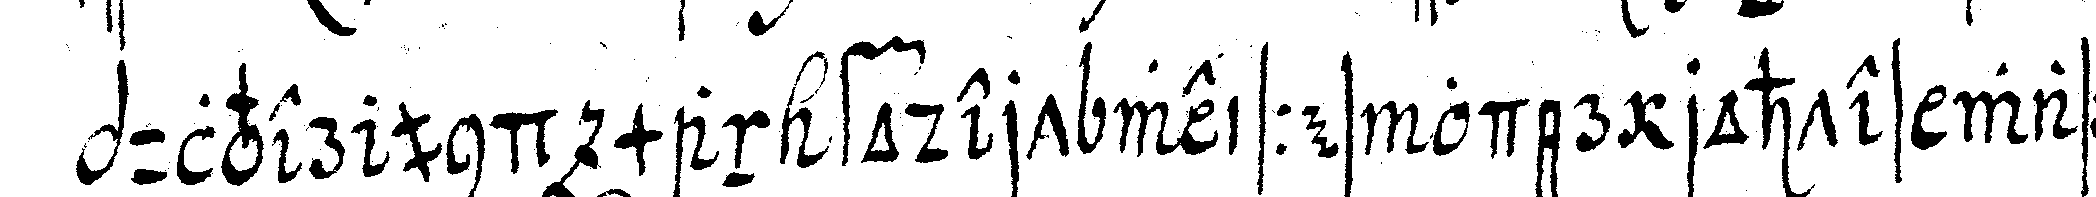
pulver und man fodert weisses oder rohtes wasser